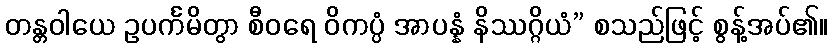
တန္တဝါယေ ဥပင်္ကမိတွာ စီဝရေ ဝိကပ္ပံ အာပန္နံ နိဿဂ္ဂိယံ” စသည်ဖြင့် စွန့်အပ်၏။